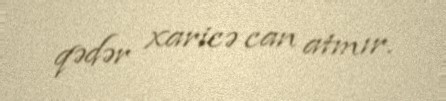
qədər xaricə can atmır.